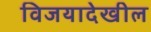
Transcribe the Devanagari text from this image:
विजयादेखील